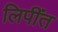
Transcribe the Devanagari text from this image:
लिपींत